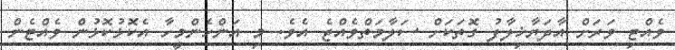
ވެއްޓި ވަރަށް އާދަޔާޚިލާފު ގޮތަކަށް ސަލާމަތްވެއްޖެ އެވެ. މި އަންހެންމީހާ އެކޮޅުކޮޅުން ވެއްޓެން